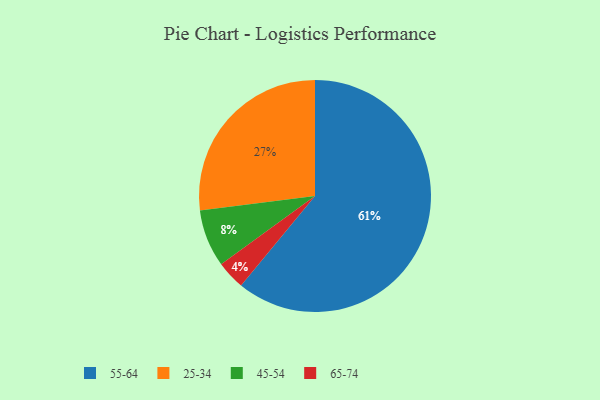
{"axis": {"x": "Category", "y": "Percentage"}, "legend": ["25-34", "45-54", "55-64", "65-74"], "data": [{"x": "65-74", "y": 4, "type": "65-74"}, {"x": "45-54", "y": 8, "type": "45-54"}, {"x": "55-64", "y": 61, "type": "55-64"}, {"x": "25-34", "y": 27, "type": "25-34"}]}